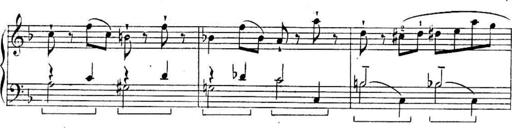
Title: Sonatines
Composer: Hedwige ChrÃ©tien